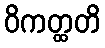
ဝိကတ္ထတိ